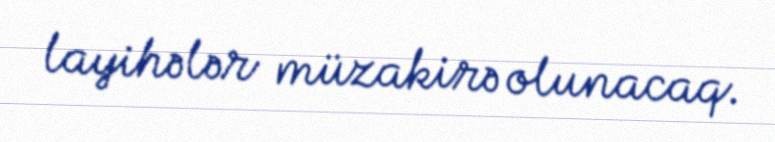
layihələr müzakirə olunacaq.